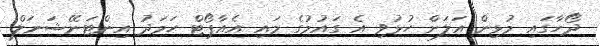
ދޯހާގައި މުޅިން އަލަށް ހުޅުވި އެ ގައުމުގެ މައި އެއާޕޯޓް ހަމަދު އިންޓަނޭޝަނަލް